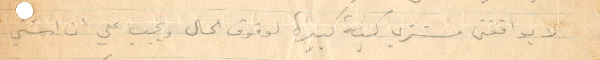
لا يوافقني مشتري كمية كبيرة لوقوف الحال ويجب علي ان امشي